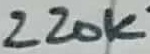
Text: 220K